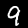
Label: 9